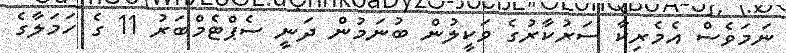
ނަމަވެސް އެމެރިކާ ސަރުކާރުގެ ވަކީލުން ބުނަމުން ދަނީ ސެޕްޓެމްބަރު 11 ގެ ހަމަލާގެ